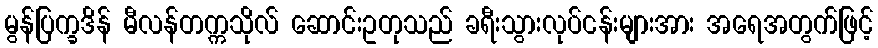
မွန်ပြက္ခဒိန် မီလန်တက္ကသိုလ် ဆောင်းဥတုသည် ခရီးသွားလုပ်ငန်းများအား အရေအတွက်ဖြင့်